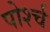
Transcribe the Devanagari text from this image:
पोर्श्च